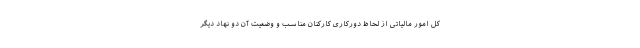
کل امور مالیاتی از لحاظ دورکاری کارکنان مناسب و وضعیت آن دو نهاد دیگر